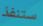
ستنفذ